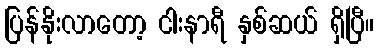
ပြန်နိုးလာတော့ ငါးနာရီ နှစ်ဆယ် ရှိပြီ။